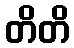
တိတိ